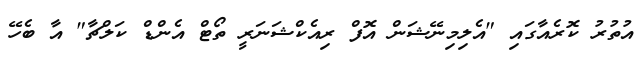
އުތުރު ކޮރެއާގައި "އެލިމިނޭޝަން އޮފް ރިއެކްޝަނަރީ ތޯޓް އެންޑް ކަލްޗާ" އާ ބެހޭ